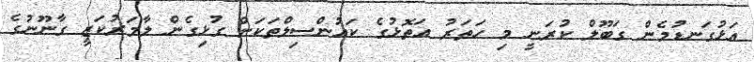
އަޅުގަނޑުމެން ގަބޫލް ކުރަނީ މި ހަތަރު އަތޮޅުގެ ކައުންސިލްތަކަށް ގުޅިގެން ލާމަރުކަޒީ ގާނޫނުގެ